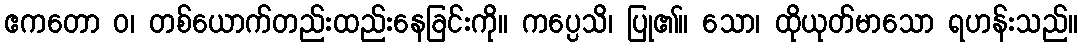
ဧကတော ဝ၊ တစ်ယောက်တည်းထည်းနေခြင်းကို။ ကပ္ပေသိ၊ ပြု၏။ သော၊ ထိုယုတ်မာသော ရဟန်းသည်။